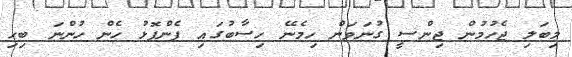
މިބަލި ޖެހުމުން ޖިންސީ ގުނަވަން ހިމެނޭ ހިސާބުގައި ފެންފޮޅު ހެން ހުންނަ ބިހި